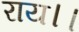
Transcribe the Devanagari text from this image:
राय।।